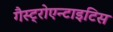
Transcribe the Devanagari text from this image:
गैस्ट्रोएन्टाइटिस